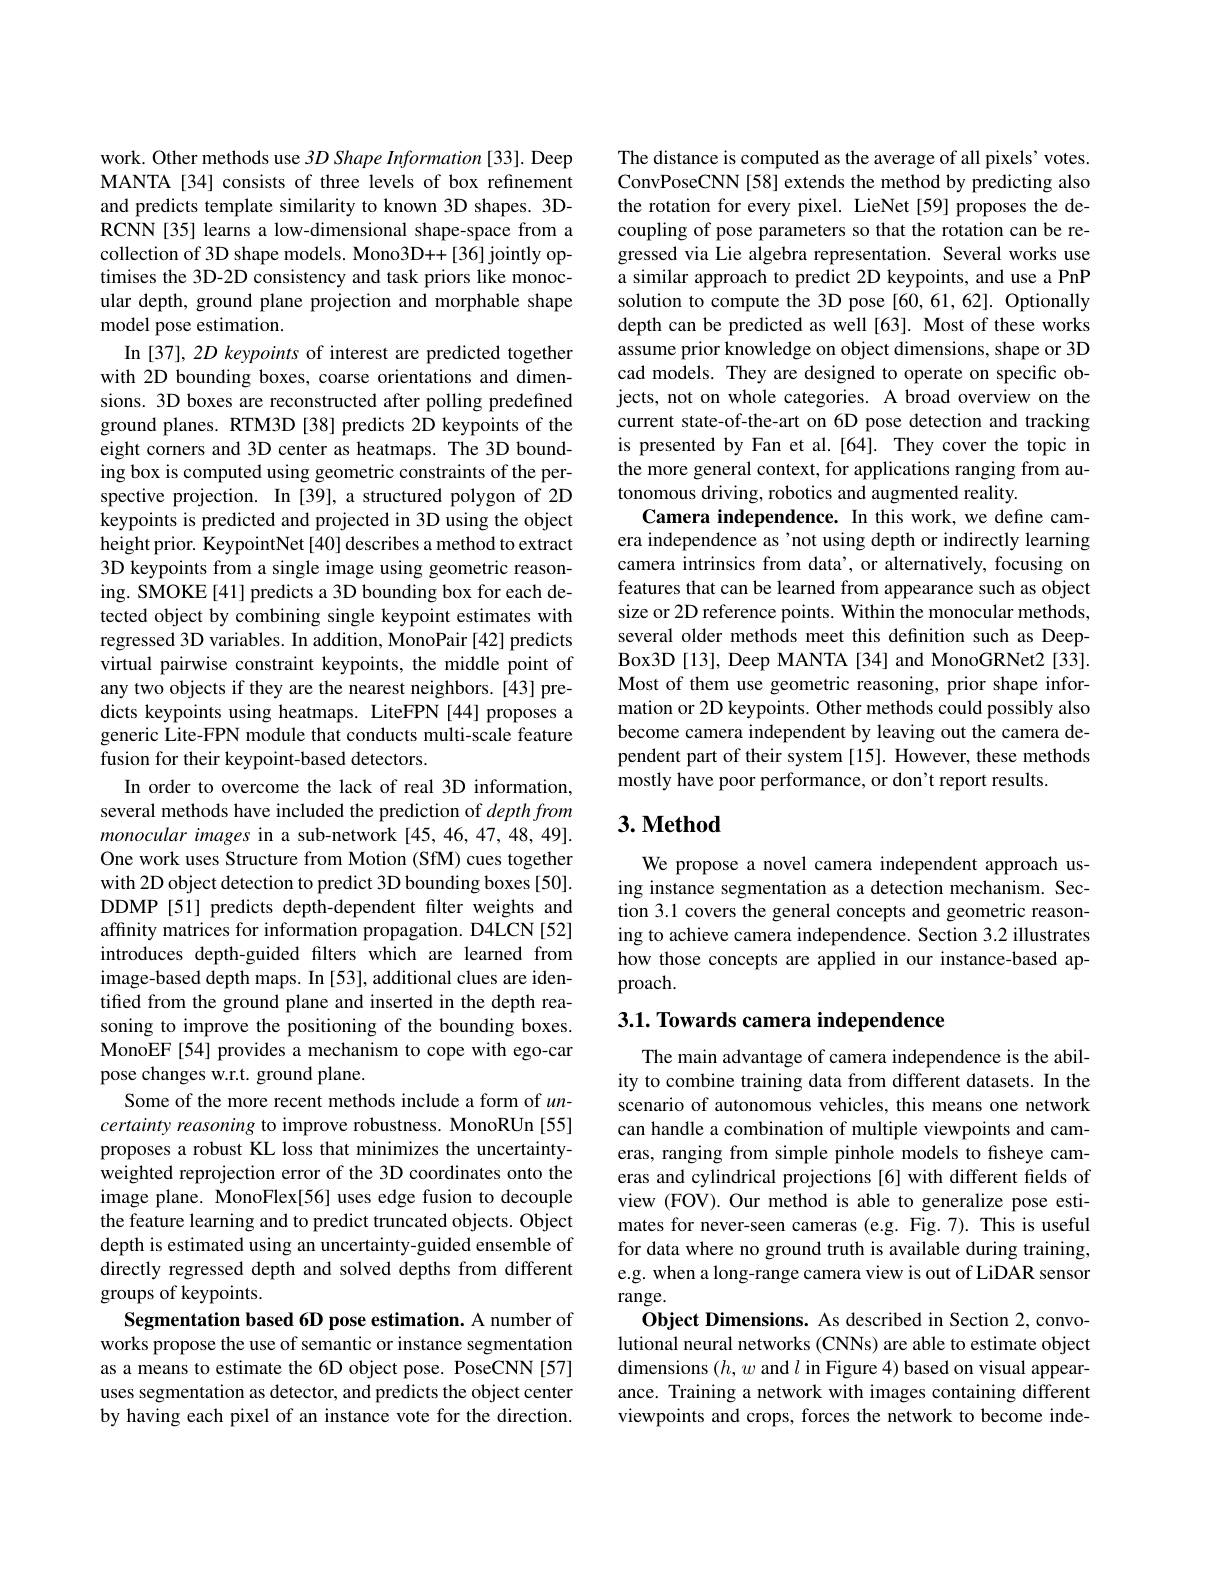
work. Other methods use 3D Shape Information [33]. Deep MANTA [34] consists of three levels of box refinement and predicts template similarity to known 3D shapes. 3DRCNN [35] learns a low-dimensional shape-space from a collection of 3D shape models. Mono3D++[36] jointly optimises the 3D-2D consistency and task priors like monocular depth, ground plane projection and morphable shape model pose estimation.
In [37], 2D keypoints of interest are predicted together with 2D bounding boxes, coarse orientations and dimensions. 3D boxes are reconstructed after polling predefined ground planes. RTM3D[38] predicts 2D keypoints of the eight corners and 3D center as heatmaps. The 3D bounding box is computed using geometric constraints of the perspective projection. In [39], a structured polygon of 2D keypoints is predicted and projected in 3D using the object height prior. KeypointNet [40] describes a method to extract 3D keypoints from a single image using geometric reasoning. SMOKE [41] predicts a 3D bounding box for each detected object by combining single keypoint estimates with regressed 3D variables. In addition, MonoPair [42] predicts virtual pairwise constraint keypoints, the middle point of any two objects if they are the nearest neighbors. [43] predicts keypoints using heatmaps. LiteFPN [44] proposes a generic Lite-FPN module that conducts multi-scale feature fusion for their keypoint-based detectors.
In order to overcome the lack of real 3D information, several methods have included the prediction of depthfrom monocular images in a sub-network [45,46,47,48,49]. One work uses Structure from Motion (SfM) cues together with 2D object detection to predict 3D bounding boxes [50]. DDMP [51] predicts depth-dependent filter weights and affinity matrices for information propagation. D4LCN[52] introduces depth-guided filters which are learned from image-based depth maps. In [53], additional clues are identiffed from the ground plane and inserted in the depth reasoning to improve the positioning of the bounding boxes. MonoEF[54] provides a mechanism to cope with ego-car pose changes w.r.t. ground plane.
Some of the more recent methods include a form of $un-$ certainty reasoning to improve robustness. MonoRUn [55] proposes a robust KL loss that minimizes the uncertaintyweighted reprojection error of the 3D coordinates onto the image plane. MonoFlex[56] uses edge fusion to decouple the feature learning and to predict truncated objects. Object depth is estimated using an uncertainty-guided ensemble of directly regressed depth and solved depths from different groups of keypoints.
Segmentation based 6D pose estimation. A number of works propose the use of semantic or instance segmentation as a means to estimate the 6D object pose. PoseCNN [57] uses segmentation as detector, and predicts the object center by having each pixel of an instance vote for the direction.

The distance is computed as the average of all pixels' votes. ConvPoseCNN[58] extends the method by predicting also the rotation for every pixel. LieNet[59] proposes the decoupling of pose parameters so that the rotation can be regressed via Lie algebra representation. Several works use a similar approach to predict 2D keypoints, and use a PnP solution to compute the 3D pose [60,61,62]. Optionally depth can be predicted as well [63]. Most of these works assume prior knowledge on object dimensions, shape or 3D cad models. They are designed to operate on specific objects, not on whole categories. A broad overview on the current state-of-the-art on 6D pose detection and tracking is presented by Fan et al.[64]. They cover the topic in the more general context, for applications ranging from autonomous driving, robotics and augmented reality.
Camera independence. In this work, we define camera independence as 'not using depth or indirectly learning camera intrinsics from data', or alternatively, focusing on features that can be learned from appearance such as object size or 2D reference points. Within the monocular methods, several older methods meet this definition such as DeepBox3D[13], Deep MANTA[34] and MonoGRNet2[33]. Most of them use geometric reasoning, prior shape information or 2D keypoints. Other methods could possibly also become camera independent by leaving out the camera dependent part of their system [15]. However, these methods mostly have poor performance, or don't report results

### $3. \textbf{Method}$

We propose a novel camera independent approach using instance segmentation as a detection mechanism. Section 3.1 covers the general concepts and geometric reasoning to achieve camera independence. Section 3.2 illustrates how those concepts are applied in our instance-based approach.

3.1. Towards camera independence

The main advantage of camera independence is the ability to combine training data from different datasets. In the scenario of autonomous vehicles, this means one network can handle a combination of multiple viewpoints and cameras, ranging from simple pinhole models to fisheye cameras and cylindrical projections [6] with different felds of view (FOV). Our method is able to generalize pose estimates for never-seen cameras (e.g. Fig.7). This is useful for data where no ground truth is available during training, e.g. when a long-range camera view is out of LiDAR sensor $\operatorname{range.}$
Object Dimensions. As described in Section 2, convolutional neural networks (CNNs) are able to estimate object dimensions ( h, w and l in Figure 4) based on visual appear- ance. Training a network with images containing different viewpoints and crops, forces the network to become inde-